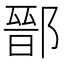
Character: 鄑